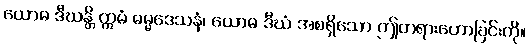
ယောဓ ဒီဃန္တိ ဣမံ ဓမ္မဒေသနံ၊ ယောဓ ဒီဃံ အစရှိသော ဤတရားဟောခြင်းကို။